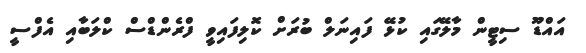
އައްޑޫ ސިޓީން މާލޭގައި ކުޅޭ ފައިނަލް ބުރަށް ކޮލިފައިވީ ފްރެންޑްސް ކްލަބާއި އެފްސީ